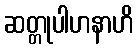
ဆတ္တုပါဟနာဟိ